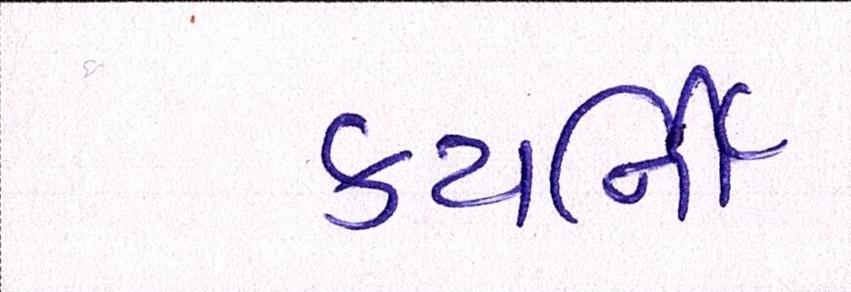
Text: કયર્નિી